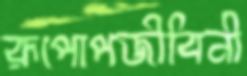
রূপোপজীবিনী